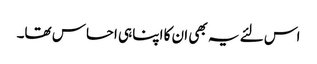
اس لئے یہ بھی ان کا اپنا ہی احساس تھا۔